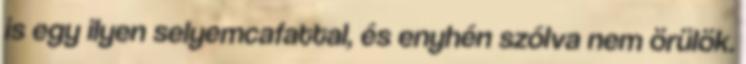
is egy ilyen selyemcafattal, és enyhén szólva nem örülök.